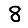
Digit: 8